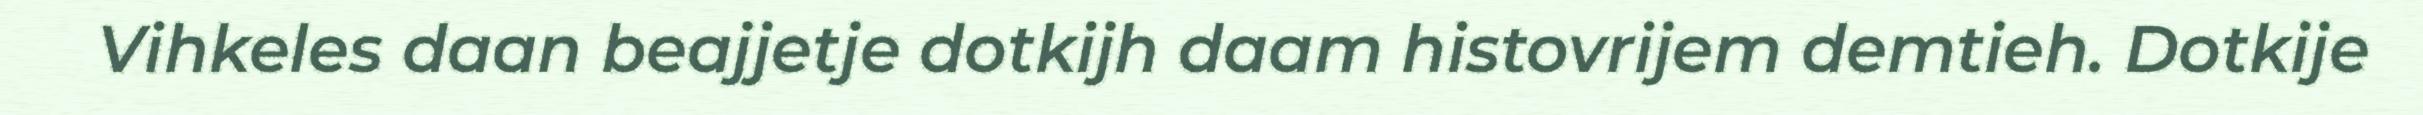
Vihkeles daan beajjetje dotkijh daam histovrijem demtieh. Dotkije